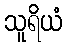
သူရိယံ